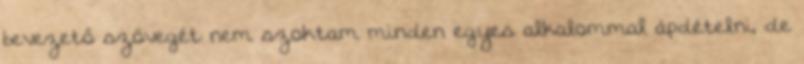
bevezető szövegét nem szoktam minden egyes alkalommal ápdételni, de